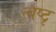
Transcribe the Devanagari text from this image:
त्वष्टृ